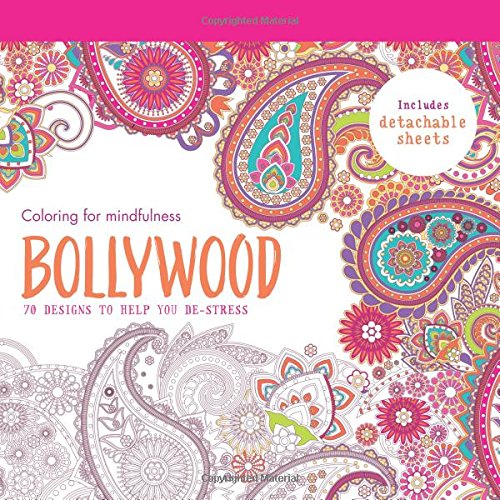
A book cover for Bollywood: 70 designs to help you de-stress (Coloring for mindfulness); Hamlyn; Humor & Entertainment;